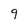
Character: 9